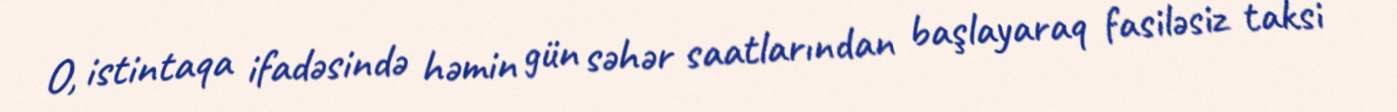
O, istintaqa ifadəsində həmin gün səhər saatlarından başlayaraq fasiləsiz taksi